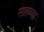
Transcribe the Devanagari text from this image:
साहव्या